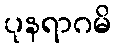
ပုနရာဂမိ